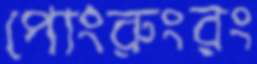
পোংরুংরং